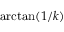
\arctan ( 1 / k )